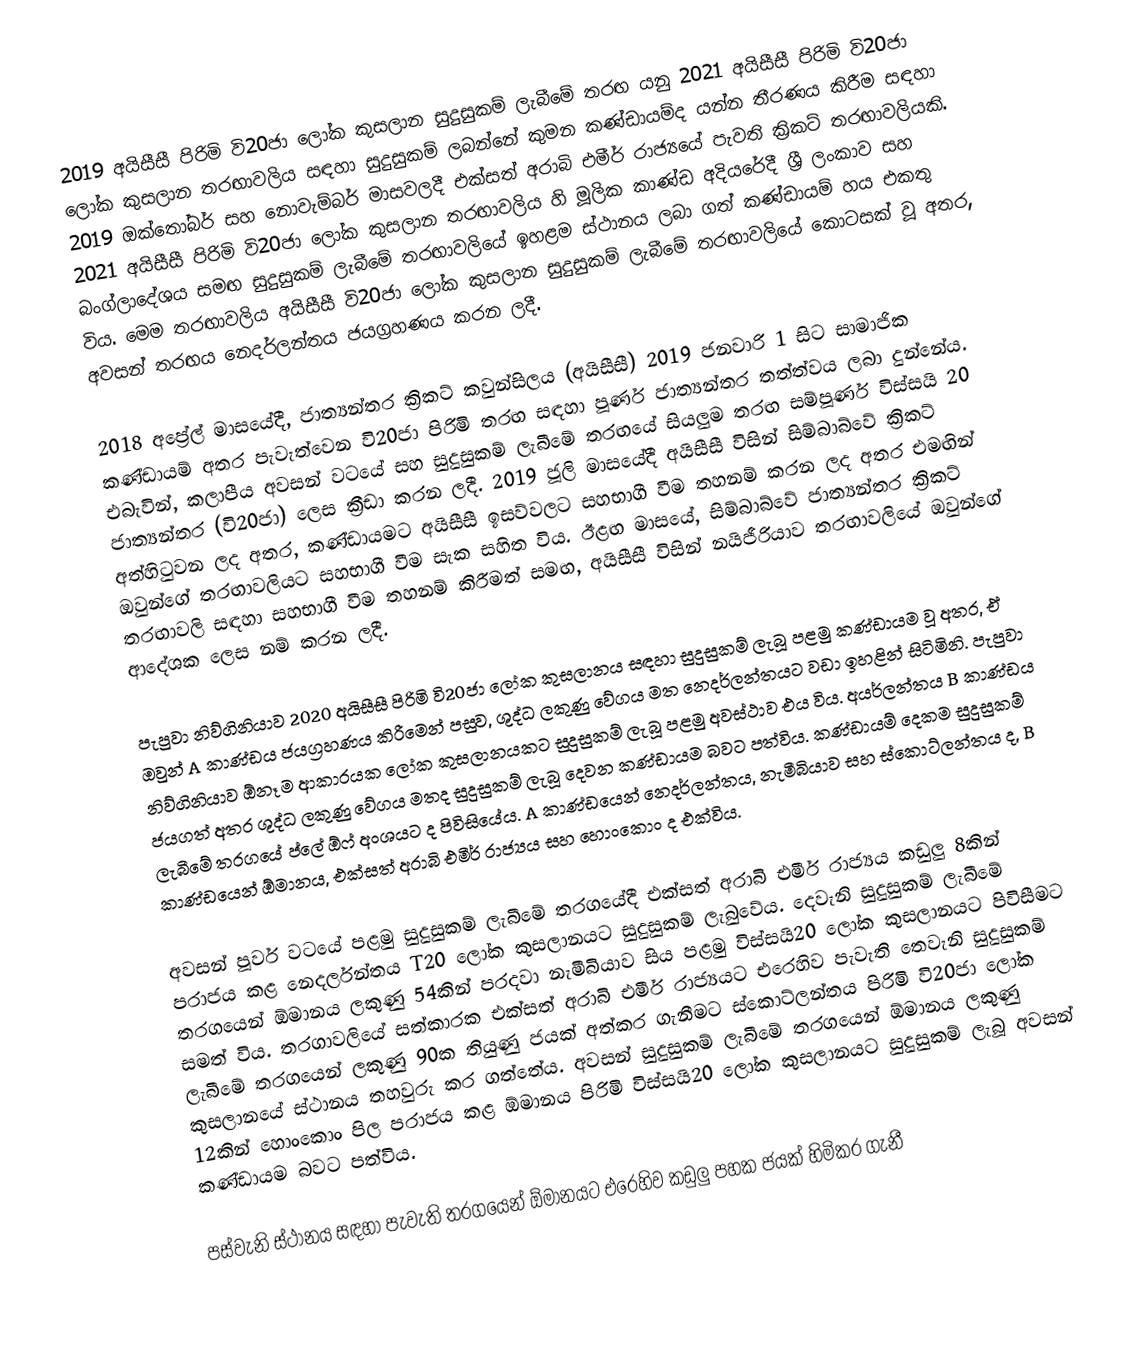
2019 අයිසීසී පිරිමි වි20ජා ලෝක කුසලාන සුදුසුකම් ලැබීමේ තරඟ යනු 2021 අයිසීසී පිරිමි වි20ජා ලෝක කුසලාන තරඟාවලිය සඳහා සුදුසුකම් ලබන්නේ කුමන කණ්ඩායම්ද යන්න තීරණය කිරීම සඳහා 2019 ඔක්තෝබර් සහ නොවැම්බර් මාසවලදී එක්සත් අරාබි එමීර් රාජ්‍යයේ පැවති ක්‍රිකට් තරඟාවලියකි. 2021 අයිසීසී පිරිමි වි20ජා ලෝක කුසලාන තරඟාවලිය හි මූලික කාණ්ඩ අදියරේදී ශ්‍රී ලංකාව සහ බංග්ලාදේශය සමඟ සුදුසුකම් ලැබීමේ තරඟාවලියේ ඉහළම ස්ථානය ලබා ගත් කණ්ඩායම් හය එකතු විය. මෙම තරඟාවලිය අයිසීසී වි20ජා ලෝක කුසලාන සුදුසුකම් ලැබීමේ තරඟාවලියේ කොටසක් වූ අතර, අවසන් තරඟය නෙදර්ලන්තය ජයග්‍රහණය කරන ලදී.

2018 අප්‍රේල් මාසයේදී, ජාත්‍යන්තර ක්‍රිකට් කවුන්සිලය (අයිසීසී) 2019 ජනවාරි 1 සිට සාමාජික කණ්ඩායම් අතර පැවැත්වෙන වි20ජා පිරිමි තරඟ සඳහා පූර්ණ ජාත්‍යන්තර තත්ත්වය ලබා දුන්නේය. එබැවින්, කලාපීය අවසන් වටයේ සහ සුදුසුකම් ලැබීමේ තරඟයේ සියලුම තරඟ සම්පූර්ණ විස්සයි 20 ජාත්‍යන්තර (වි20ජා) ලෙස ක්‍රීඩා කරන ලදී. 2019 ජූලි මාසයේදී අයිසීසී විසින් සිම්බාබ්වේ ක්‍රිකට් අත්හිටුවන ලද අතර, කණ්ඩායමට අයිසීසී ඉසව්වලට සහභාගී වීම තහනම් කරන ලද අතර එමඟින් ඔවුන්ගේ තරඟාවලියට සහභාගී වීම සැක සහිත විය. ඊළඟ මාසයේ, සිම්බාබ්වේ ජාත්‍යන්තර ක්‍රිකට් තරඟාවලි සඳහා සහභාගී වීම තහනම් කිරීමත් සමඟ, අයිසීසී විසින් නයිජීරියාව තරඟාවලියේ ඔවුන්ගේ ආදේශක ලෙස නම් කරන ලදී.

පැපුවා නිව්ගිනියාව 2020 අයිසීසී පිරිමි වි20ජා ලෝක කුසලානය සඳහා සුදුසුකම් ලැබූ පළමු කණ්ඩායම වූ අතර, ඒ ඔවුන් A කාණ්ඩය ජයග්‍රහණය කිරීමෙන් පසුව, ශුද්ධ ලකුණු වේගය මත නෙදර්ලන්තයට වඩා ඉහළින් සිටිමිනි. පැපුවා නිව්ගිනියාව ඕනෑම ආකාරයක ලෝක කුසලානයකට සුදුසුකම් ලැබූ පළමු අවස්ථාව එය විය. අයර්ලන්තය B කාණ්ඩය ජයගත් අතර ශුද්ධ ලකුණු වේගය මතද සුදුසුකම් ලැබූ දෙවන කණ්ඩායම බවට පත්විය. කණ්ඩායම් දෙකම සුදුසුකම් ලැබීමේ තරගයේ ප්ලේ ඕෆ් අංශයට ද පිවිසියේය. A කාණ්ඩයෙන් නෙදර්ලන්තය, නැමීබියාව සහ ස්කොට්ලන්තය ද, B කාණ්ඩයෙන් ඕමානය, එක්සත් අරාබි එමීර් රාජ්‍යය සහ හොංකොං ද එක්විය.

අවසන් පූර්ව වටයේ පළමු සුදුසුකම් ලැබීමේ තරගයේදී එක්සත් අරාබි එමීර් රාජ්‍යය කඩුලු 8කින් පරාජය කළ නෙදර්ලන්තය T20 ලෝක කුසලානයට සුදුසුකම් ලැබුවේය. දෙවැනි සුදුසුකම් ලැබීමේ තරගයෙන් ඕමානය ලකුණු 54කින් පරදවා නැමීබියාව සිය පළමු විස්සයි20 ලෝක කුසලානයට පිවිසීමට සමත් විය. තරගාවලියේ සත්කාරක එක්සත් අරාබි එමීර් රාජ්‍යයට එරෙහිව පැවැති තෙවැනි සුදුසුකම් ලැබීමේ තරගයෙන් ලකුණු 90ක තියුණු ජයක් අත්කර ගැනීමට ස්කොට්ලන්තය පිරිමි වි20ජා ලෝක කුසලානයේ ස්ථානය තහවුරු කර ගත්තේය. අවසන් සුදුසුකම් ලැබීමේ තරගයෙන් ඕමානය ලකුණු 12කින් හොංකොං පිල පරාජය කළ ඕමානය පිරිමි විස්සයි20 ලෝක කුසලානයට සුදුසුකම් ලැබූ අවසන් කණ්ඩායම බවට පත්විය.

පස්වැනි ස්ථානය සඳහා පැවැති තරගයෙන් ඕමානයට එරෙහිව කඩුලු පහක ජයක් හිමිකර ගැනී